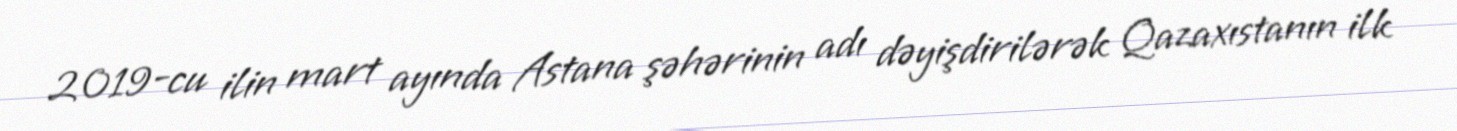
2019-cu ilin mart ayında Astana şəhərinin adı dəyişdirilərək Qazaxıstanın ilk